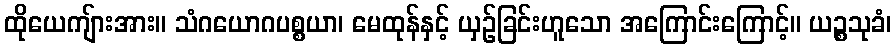
ထိုယေကျ်ားအား။ သံဂယောဂပစ္စယာ၊ မေထုန်နှင့် ယှဉ်ခြင်းဟူသော အကြောင်းကြောင့်။ ယဉ္စသုခံ၊